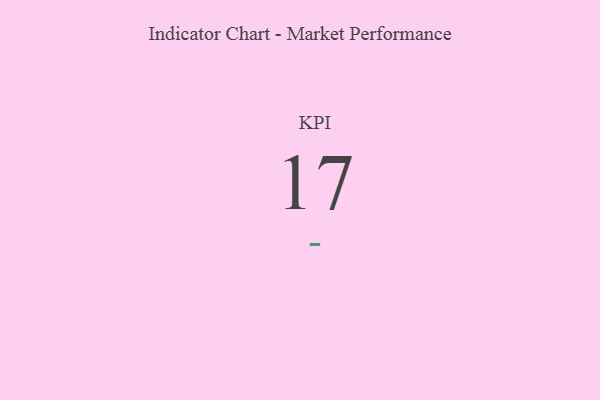
{"axis": {"x": "KPI", "y": "Value"}, "legend": [""], "data": [{"x": "KPI", "y": 17, "type": ""}]}